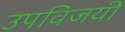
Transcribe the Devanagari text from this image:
उपविजयी